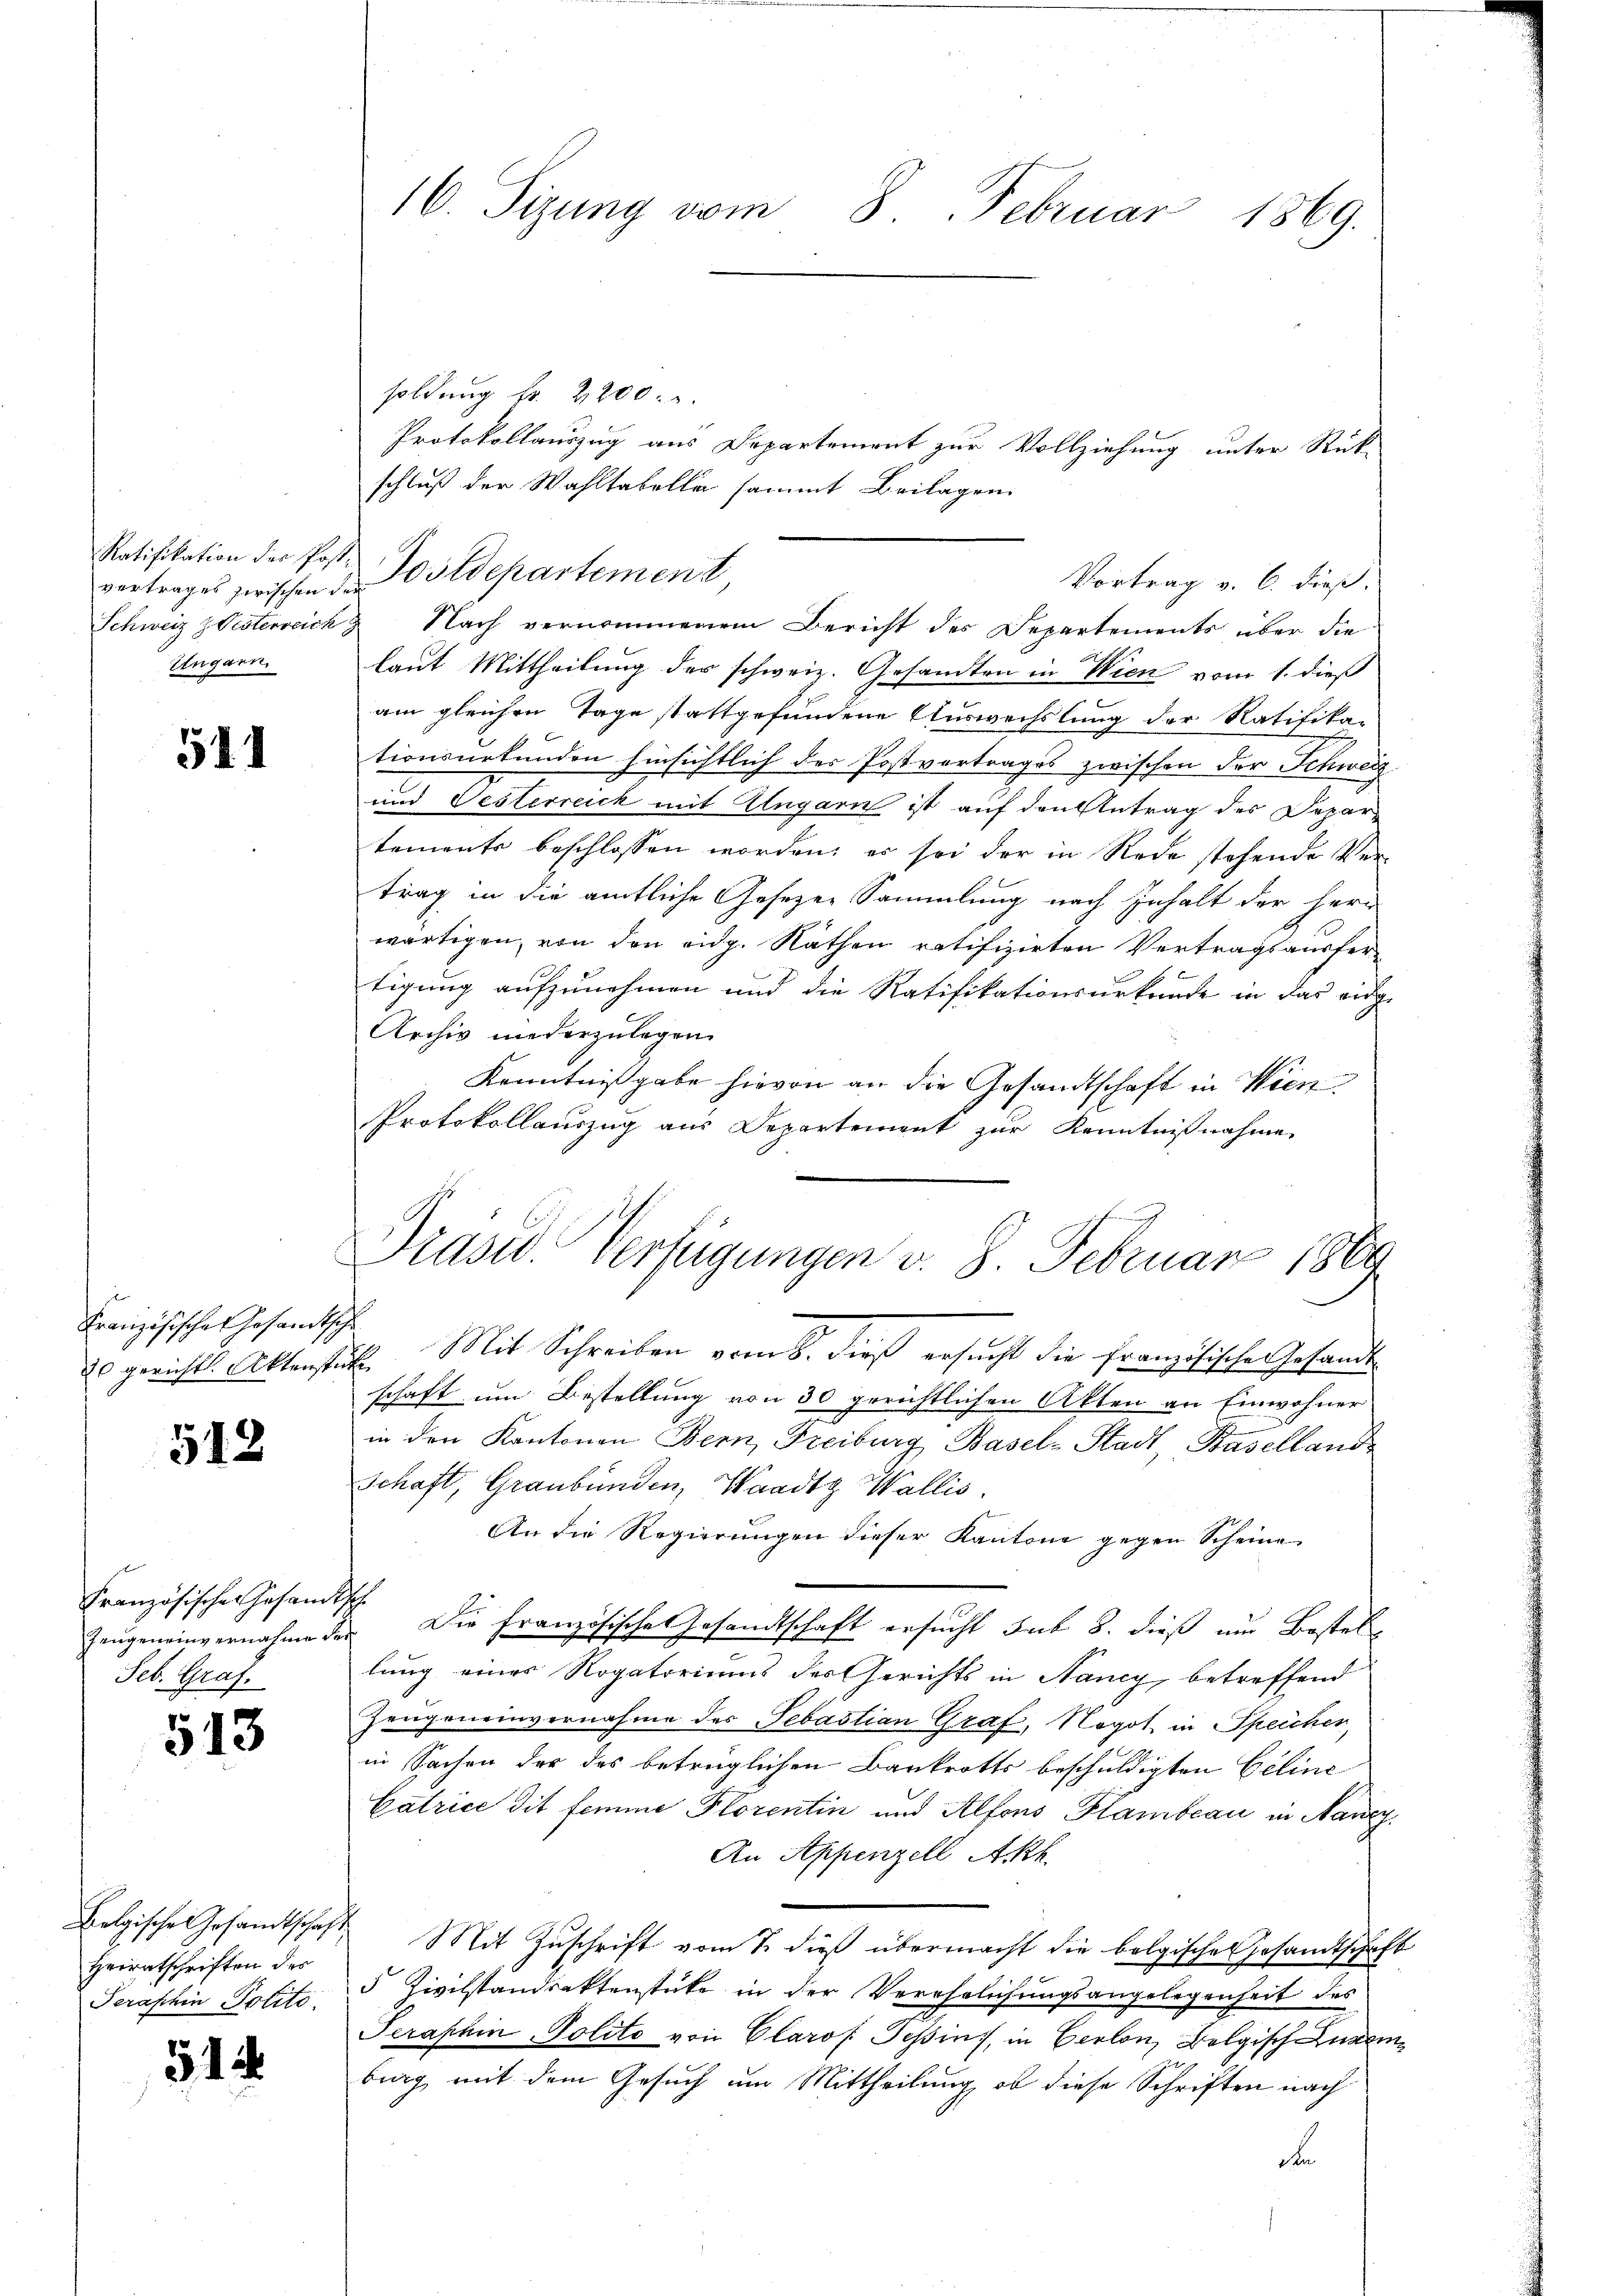
Ratifikation der Post¬
Ungarn

511

Französisches Gesandtsche

518

Französischen Gesandtsch
Seb. Graf.

513

Heiratschriften der
Serashin Politi

51

16. Sizung vom 8. Februar 1869.

soldung Nr. 2200. r.
Protokollauszug aus Departement zur Vollziehung unter Rück-
schluß der Wahltabella sammt Beilagen
vertrages zwischen Ostdepartement,
Schweiz ZVesterreich & Nach vernommenem Bericht des Departements über die
laut Mittheilung des schweiz. Gesandten in Wien vom 1. dieß
am gleichen Tage stattgefundene Auswechslung der Ratifika-
tionsurkunden hinsichtlich der Postvertrages zwischen der Schweiz.
und Oesterreich mit Ungarn ist auf den Antrag des Departements beschlossen worden, es sei der in Rede stehende Vertrag in die amtliche Gesezen Sammlung nach Inhalt der Herr
wärtigen, von den eidg. Räthen ratifizirten Vertragsausfertigung aufzunehmen und die Ratifikationsurkunde in das eidge
Archiv niederzulegen.
Kenntnißgabe hievon an die Gesandtschaft in Wien
Protokollauszug aus Departement zur Kenntnißnahme
 gerichts Aktenstück. Mit Schreiben vom 8. dieß ersucht die französische Gesandtschaft um Bestellung von 30 gerichtlichen Akten an Einwohner
in den Kantonen Bern, Freiburg Basel-Stadt, Baselland
Schaft, Graubünden, Waadt Wallis.
An die Regierungen dieser Kantone gegen Scheine
Zeugeneinvernahme der Die französische Gesandtschaft ersucht sub 8. dieß um Bestellung eines Rogatoriums der Gerichts in Nancy, betreffend
Zeugeneinvernahme des Sebastian Graf, Negot in Speicher,
in Sachen der das betrüglichen Bankrotts beschuldigten Geline
Catrice dit femme Plorentin und Alfons Flambeau in Nancy
An Appenzell Akk
Belgische Gesamtschaft Mit Zuschrift vom 7. dieß übermacht die bolgisches Gesandtschaft
5 Civilstandsaktenstücke in der Verehelichungsangelegenheit des
Serashin - Polito von Claros. Pepins, in Verlon, Belgisch Luze
burg mit dem Gesuch um Mittheilung, ob diese Schriften nach
d

Präsid. Verfügungen v. 8. Februar 1889

Vortrag v. 6. dieß.